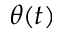
\theta ( t )